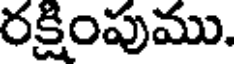
రక్షింపుము.